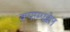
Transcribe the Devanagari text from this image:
क्याम्पबेल